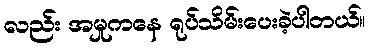
လည်း အမှုကနေ ရုပ်သိမ်းပေးခဲ့ပါတယ်။